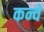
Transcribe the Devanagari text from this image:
कन्वे